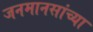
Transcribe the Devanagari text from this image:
जनमानसांच्या